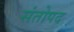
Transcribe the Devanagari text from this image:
संतोपद